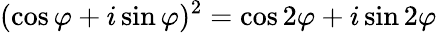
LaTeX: (\cos\varphi+i\sin\varphi)^{2}=\cos 2\varphi+i\sin 2\varphi